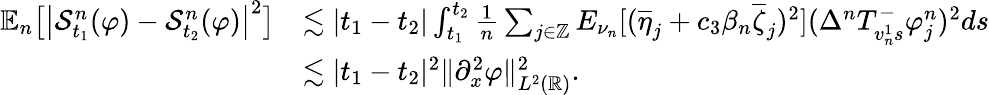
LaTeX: \begin{array}{rl}{\mathbb{E}_{n}\big[\big|\mathcal{S}_{t_{1}}^{n}(\varphi)-\mathcal{S}_{t_{2}}^{n}(\varphi)\big|^{2}\big]}&{\lesssim|t_{1}-t_{2}|\int_{t_{1}}^{t_{2}}\frac{1}{n}\sum_{j\in\mathbb{Z}}E_{\nu_{n}}[(\overline{{\eta}}_{j}+c_{3}\beta_{n}\overline{{\zeta}}_{j})^{2}](\Delta^{n}T_{v_{n}^{1}s}^{-}\varphi_{j}^{n})^{2}ds}\\ &{\lesssim|t_{1}-t_{2}|^{2}\| \partial_{x}^{2}\varphi\| _{L^{2}(\mathbb{R})}^{2}.}\end{array}